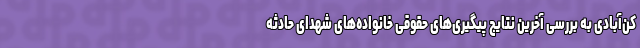
کن‌آبادی به بررسی آخرین نتایج پیگیری‌های حقوقی خانواده‌های شهدای حادثه